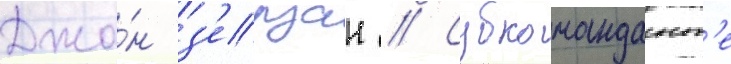
Джо́н з'ерзан // Субкомандант'е